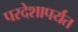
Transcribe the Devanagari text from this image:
परदेशापर्यंत